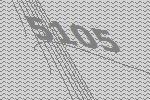
5105